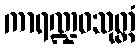
ကာရဏ္ဍဝသုတ္တံ